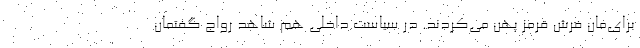
برای‌مان فرش قرمز پهن می‌کردند. در سیاست داخلی هم شاهد رواجِ گفتمان